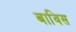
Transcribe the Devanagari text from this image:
बाविस